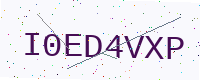
Text: I0ED4VXP